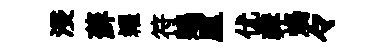
浸蘚糴符鵷盧优彜煬々